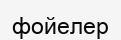
фойелер